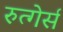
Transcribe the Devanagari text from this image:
रुत्गेर्स